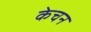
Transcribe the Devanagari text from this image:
केचन